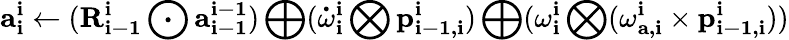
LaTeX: \mathbf{a_{i}^{i}}\gets(\mathbf{R_{i-1}^{i}}\bigodot\mathbf{a_{i-1}^{i-1}})\bigoplus(\mathbf{\dot{\omega}_{i}^{i}}\bigotimes\mathbf{p_{i-1,i}^{i}})\bigoplus(\mathbf{\omega_{i}^{i}}\bigotimes(\mathbf{\omega_{a,i}^{i}}\times\mathbf{p_{i-1,i}^{i}}))